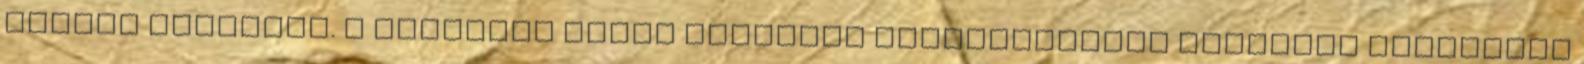
velünk maradnak. A vállalat által gyártott vegyszerekkel megszórt területek